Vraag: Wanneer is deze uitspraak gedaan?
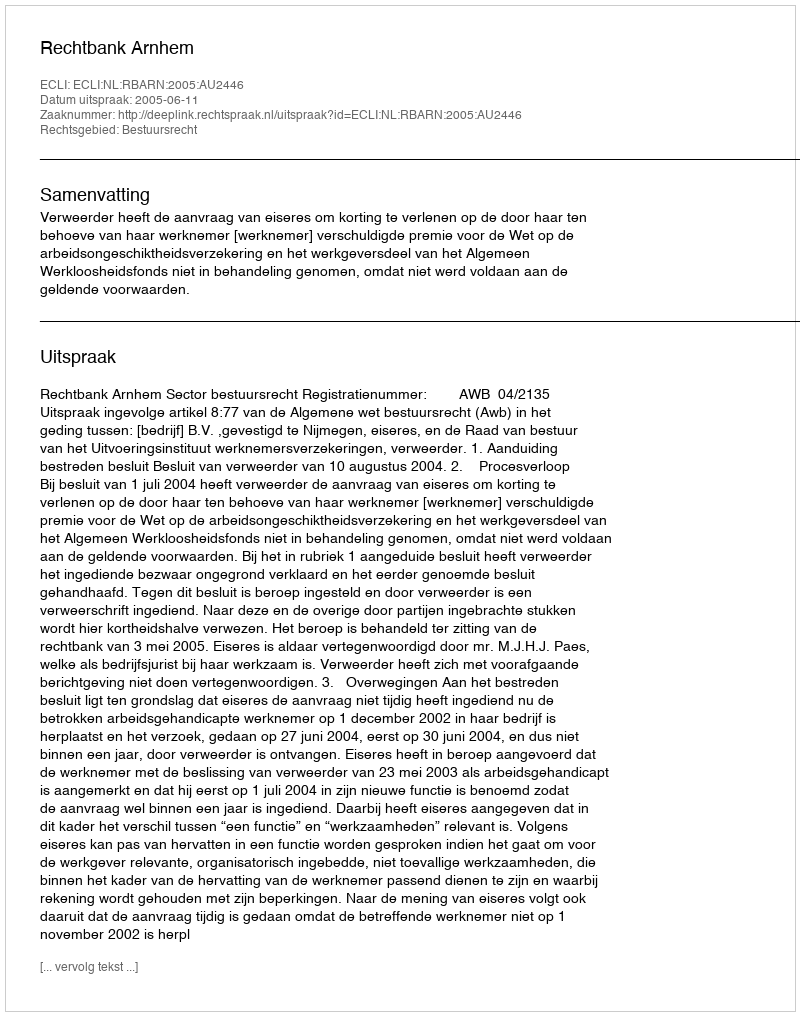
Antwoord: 2005-06-11